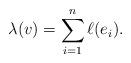
LaTeX: \begin{align*}\lambda(v) = \sum_{i=1}^n \ell(e_i).\end{align*}